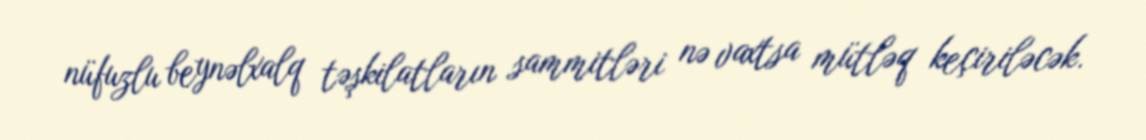
nüfuzlu beynəlxalq təşkilatların sammitləri nə vaxtsa mütləq keçiriləcək.